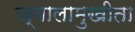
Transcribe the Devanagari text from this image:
ज्वालामुखीता